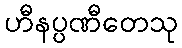
ဟီနပ္ပဏီတေသု